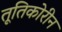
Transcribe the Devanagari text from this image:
तूतिकोरीन